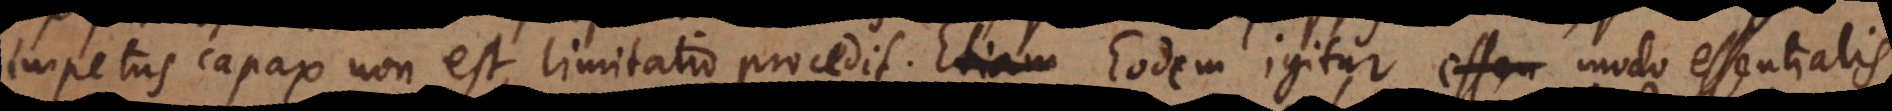
impetus capax non est, limitatio procedit. Eodem igitur modo essentialis